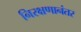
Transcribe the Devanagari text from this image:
निरक्षणानंतर